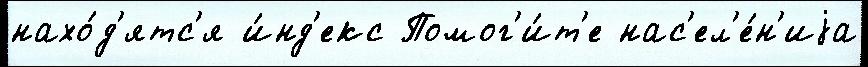
нахо́д'ятс'я и́нд'екс Помог'и́т'е нас'ел'е́н'иjа